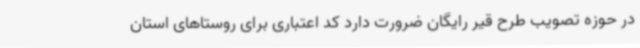
در حوزه تصویب طرح قیر رایگان ضرورت دارد کد اعتباری برای روستاهای استان